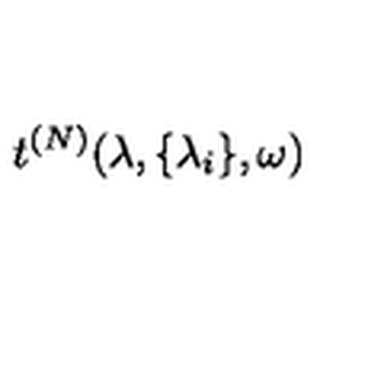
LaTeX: t ^ { ( N ) } ( \lambda , \{ \lambda _ { i } \} , \omega )